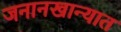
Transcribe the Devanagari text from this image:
जनानखान्यात